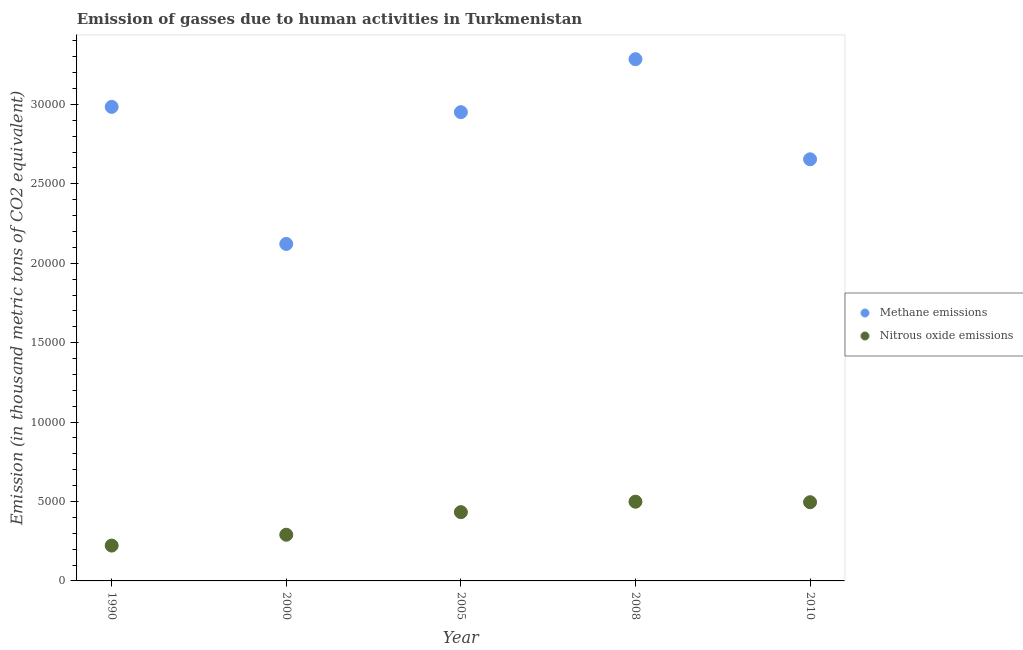
| Year | Methane emissions | Nitrous oxide emissions |
 | --- | --- | --- |
 | 1990 | 2.98e+04 | 2.23e+03 |
 | 2000 | 2.12e+04 | 2.91e+03 |
 | 2005 | 2.95e+04 | 4.33e+03 |
 | 2008 | 3.28e+04 | 4.99e+03 |
 | 2010 | 2.65e+04 | 4.96e+03 |